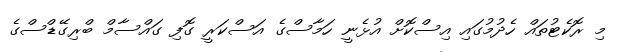
މި ރޮކެޓުތައް ހެދުމުގައި އިސްކޮށް އުޅެނީ ހަމާސްގެ އަސްކަރީ ގޮފި ގައްސާމް ބްރިގޭޑްސްގެ